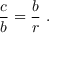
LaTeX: { \frac { c } { b } } = { \frac { b } { r } } \ .